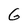
Character: G